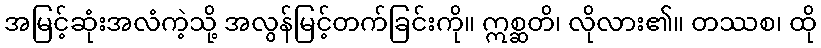
အမြင့်ဆုံးအလံကဲ့သို့ အလွန်မြင့်တက်ခြင်းကို။ ဣစ္ဆတိ၊ လိုလား၏။ တဿစ၊ ထို